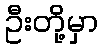
ဦးတို့မှာ